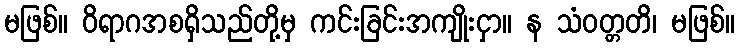
မဖြစ်။ ဝိရာဂအစရှိသည်တို့မှ ကင်းခြင်းအကျိုးငှာ။ န သံဝတ္တတိ၊ မဖြစ်။